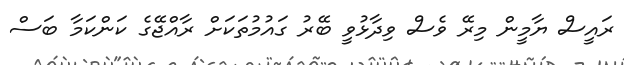
ރައީސް ޔާމީން މިރޭ ވެސް ވިދާޅުވީ ބޭރު ގައުމުތަކަށް ރާއްޖޭގެ ކަންކަމާ ބަސް